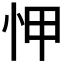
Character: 𢘉